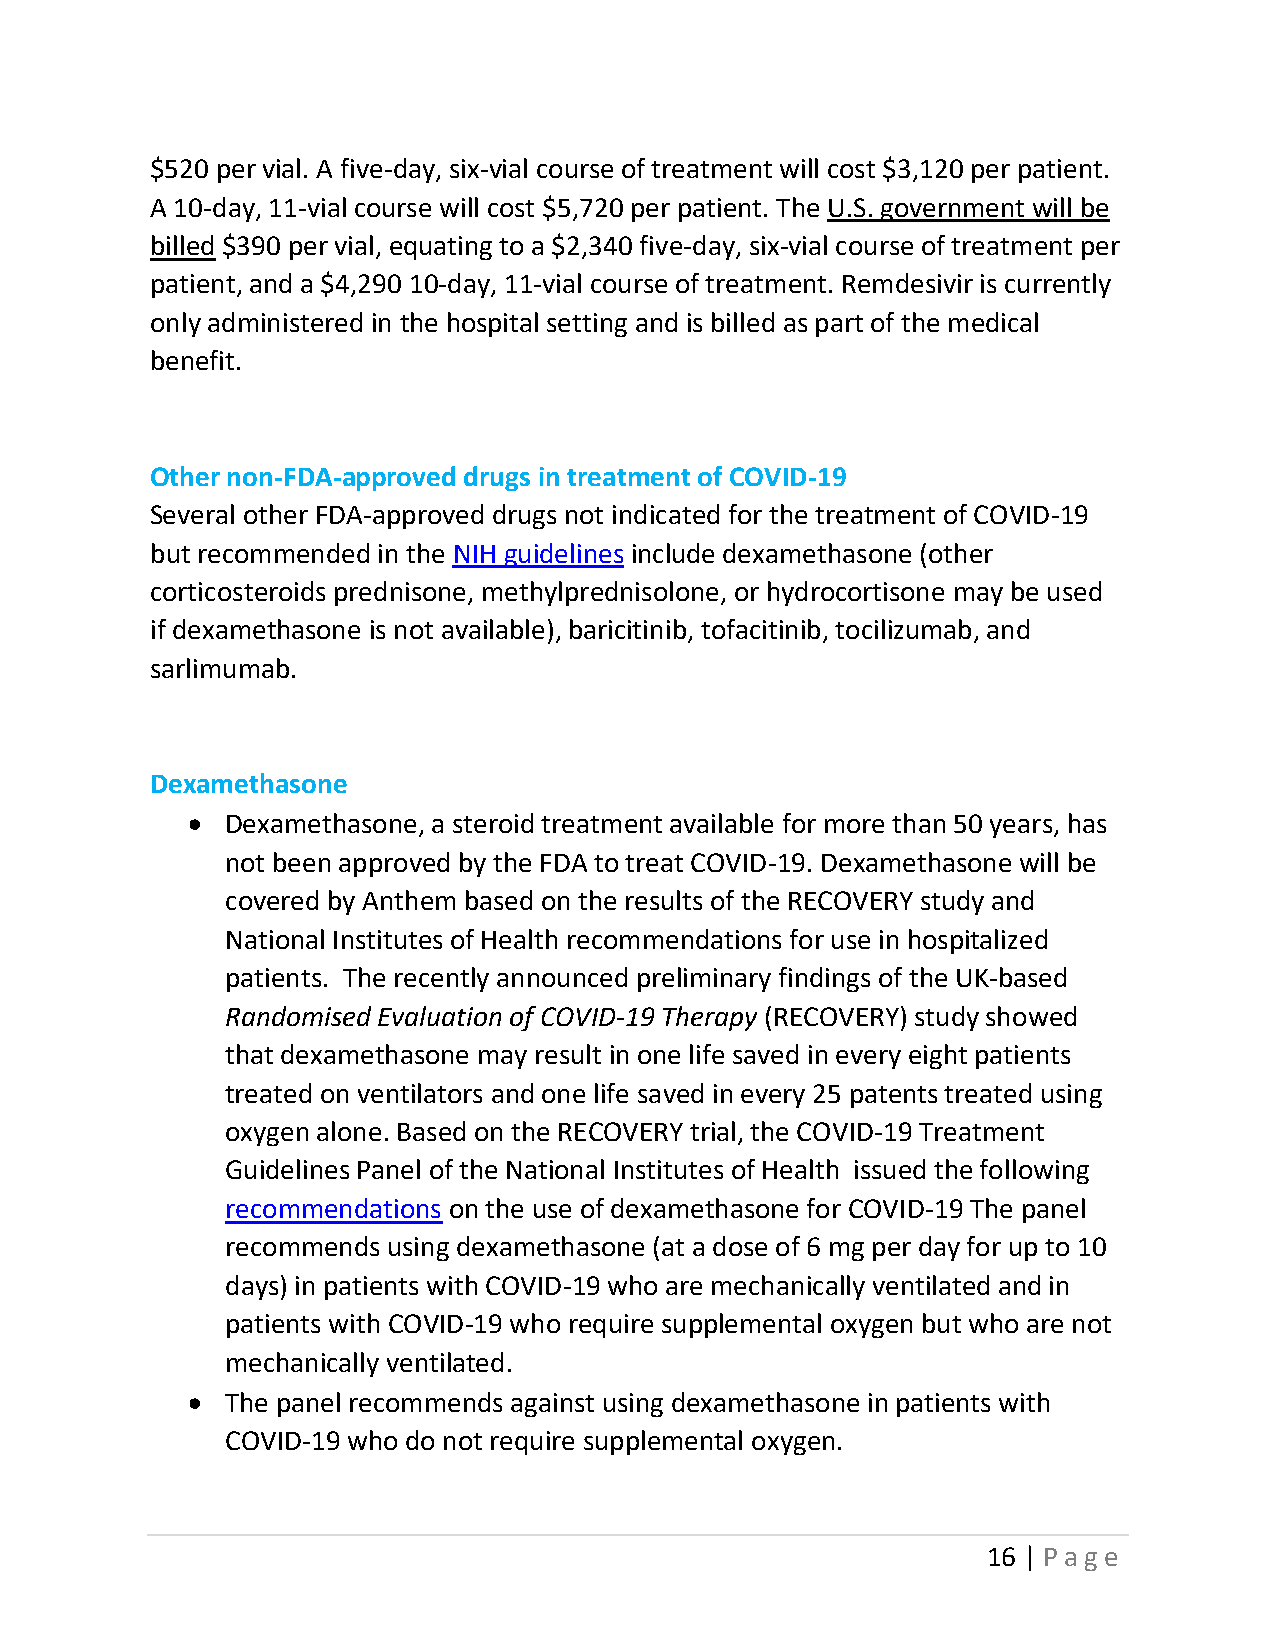
$520 per vial. A five-day, six-vial course of treatment will cost $3,120 per patient.
 A 10-day, 11-vial course will cost $5,720 per patient. The U.S. government will be
 billed $390 per vial, equating to a $2,340 five-day, six-vial course of treatment per
 patient, and a $4,290 10-day, 11-vial course of treatment. Remdesivir is currently
 only administered in the hospital setting and is billed as part of the medical
 benefit.
 Other non-FDA-approved drugs in treatment of COVID-19
 Several other FDA-approved drugs not indicated for the treatment of COVID-19
 but recommended in the NIH guidelines include dexamethasone (other
 corticosteroids prednisone, methylprednisolone, or hydrocortisone may be used
 if dexamethasone is not available), baricitinib, tofacitinib, tocilizumab, and
 sarlimumab.
 Dexamethasone
 •  Dexamethasone, a steroid treatment available for more than 50 years, has
 not been approved by the FDA to treat COVID-19. Dexamethasone will be
 covered by Anthem based on the results of the RECOVERY study and
 National Institutes of Health recommendations for use in hospitalized
 patients. The recently announced preliminary findings of the UK-based
 Randomised Evaluation of COVID-19 Therapy (RECOVERY) study showed
 that dexamethasone may result in one life saved in every eight patients
 treated on ventilators and one life saved in every 25 patents treated using
 oxygen alone. Based on the RECOVERY trial, the COVID-19 Treatment
 Guidelines Panel of the National Institutes of Health issued the following
 recommendations on the use of dexamethasone for COVID-19 The panel
 recommends using dexamethasone (at a dose of 6 mg per day for up to 10
 days) in patients with COVID-19 who are mechanically ventilated and in
 patients with COVID-19 who require supplemental oxygen but who are not
 mechanically ventilated.
 •  The panel recommends against using dexamethasone in patients with
 COVID-19 who do not require supplemental oxygen.
 16 | Page